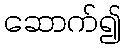
ဆောက်၍